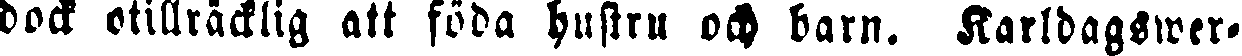
dock otillräcklig att föda hustru och barn. Karldagswer-